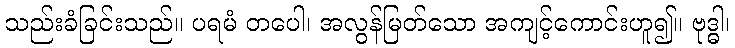
သည်းခံခြင်းသည်။ ပရမံ တပေါ၊ အလွန်မြတ်သော အကျင့်ကောင်းဟူ၍။ ဗုဒ္ဓါ၊